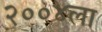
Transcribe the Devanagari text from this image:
२००४ला